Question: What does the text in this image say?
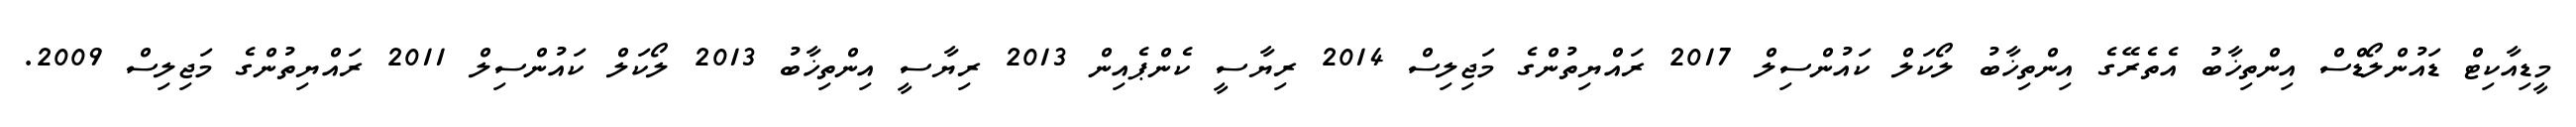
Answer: މީޑިއާކިޓް ޑައުންލޯޑްސް އިންތިޚާބު އެތެރޭގެ އިންތިޚާބު ލޯކަލް ކައުންސިލް 2017 ރައްޔިތުންގެ މަޖިލިސް 2014 ރިޔާސީ ކެންޕެއިން 2013 ރިޔާސީ އިންތިޚާބު 2013 ލޯކަލް ކައުންސިލް 2011 ރައްޔިތުންގެ މަޖިލިސް 2009.